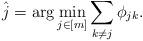
LaTeX: \begin{align*}\hat{j}=\arg\min_{j\in[m]}\sum_{k\neq j}\phi_{jk}.\end{align*}